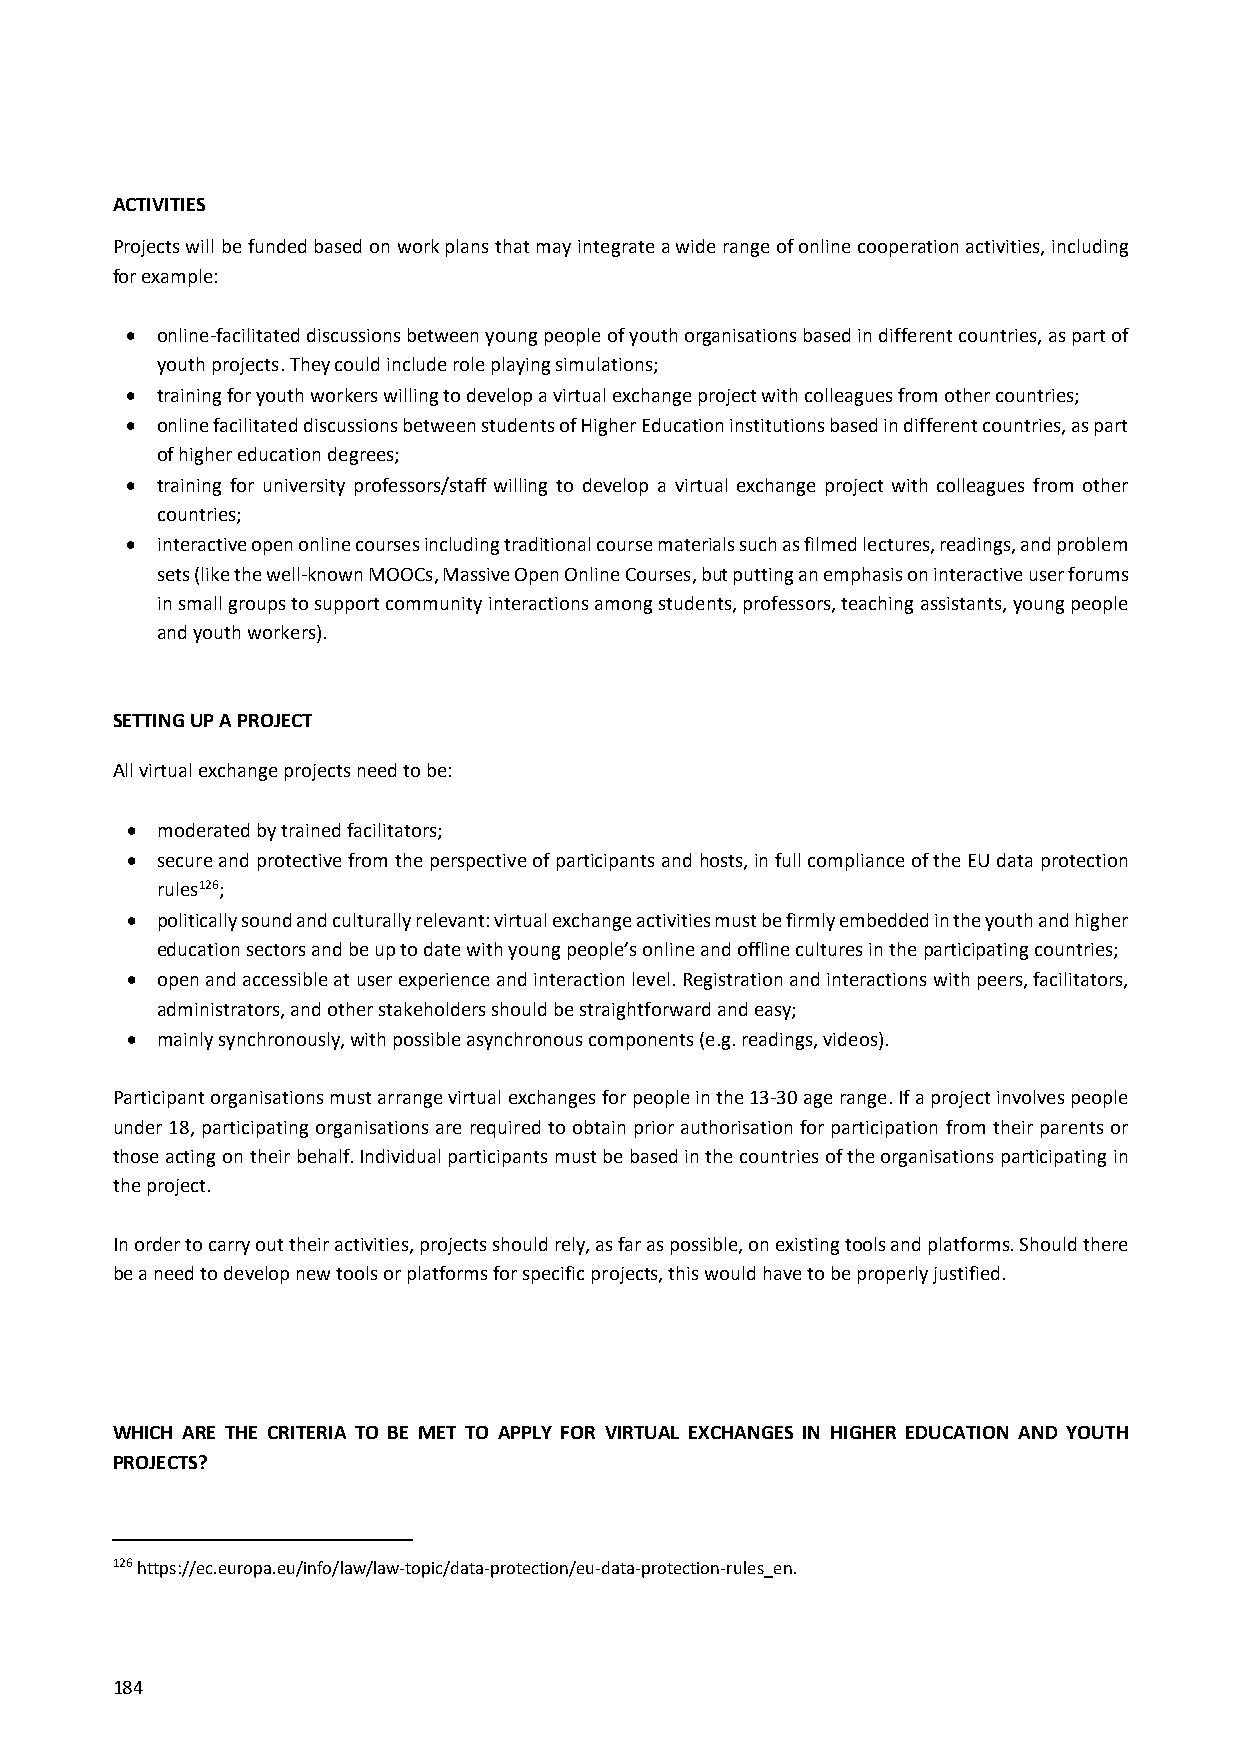
ACTIVITIES
 Projects will be funded based on work plans that may integrate a wide range of online cooperation activities, including
 for example:
  online‐facilitated discussions between young people of youth organisations based in different countries, as part of
 youth projects. They could include role playing simulations;
  training for youth workers willing to develop a virtual exchange project with colleagues from other countries;
  online facilitated discussions between students of Higher Education institutions based in different countries, as part
 of higher education degrees;
  training for university professors/staff willing to develop a virtual exchange project with colleagues from other
 countries;
  interactive open online courses including traditional course materials such as filmed lectures, readings, and problem
 sets (like the well‐known MOOCs, Massive Open Online Courses, but putting an emphasis on interactive user forums
 in small groups to support community interactions among students, professors, teaching assistants, young people
 and youth workers).
 SETTING UP A PROJECT
 All virtual exchange projects need to be:
  moderated by trained facilitators;
  secure and protective from the perspective of participants and hosts, in full compliance of the EU data protection
 rules126;
  politically sound and culturally relevant: virtual exchange activities must be firmly embedded in the youth and higher
 education sectors and be up to date with young people’s online and offline cultures in the participating countries;
  open and accessible at user experience and interaction level. Registration and interactions with peers, facilitators,
 administrators, and other stakeholders should be straightforward and easy;
  mainly synchronously, with possible asynchronous components (e.g. readings, videos).
 Participant organisations must arrange virtual exchanges for people in the 13‐30 age range. If a project involves people
 under 18, participating organisations are required to obtain prior authorisation for participation from their parents or
 those acting on their behalf. Individual participants must be based in the countries of the organisations participating in
 the project.
 In order to carry out their activities, projects should rely, as far as possible, on existing tools and platforms. Should there
 be a need to develop new tools or platforms for specific projects, this would have to be properly justified.
 WHICH ARE THE CRITERIA TO BE MET TO APPLY FOR VIRTUAL EXCHANGES IN HIGHER EDUCATION AND YOUTH
 PROJECTS?
 126 https://ec.europa.eu/info/law/law‐topic/data‐protection/eu‐data‐protection‐rules_en.
 184